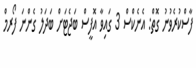
ފާސްކުރެވުނު ގޮތް: އެނެކްސް 3 ގައިވާ އޮފީސް ބަޖެޓަށް ބަދަލު ގެންނަ ފޯރމް